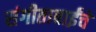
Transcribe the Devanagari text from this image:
संगीताबाईंचे